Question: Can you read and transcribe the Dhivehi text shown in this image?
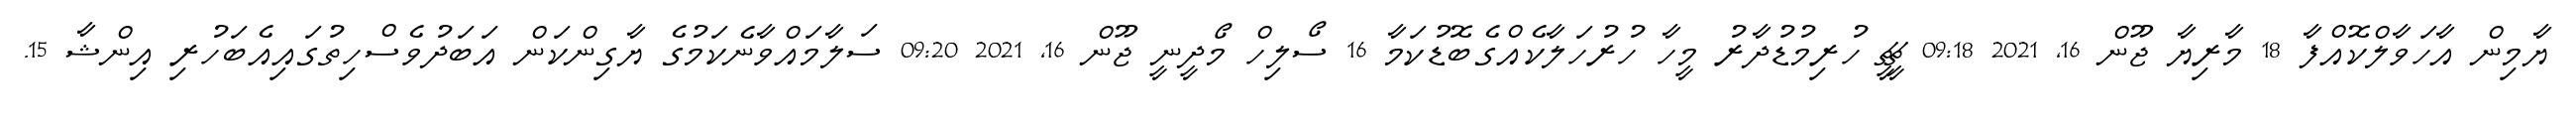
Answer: ޔާމިން އާހަވާލްކޮއްފާ 18 މާރިޔާ ޖޫން 16, 2021 09:18 ޗީޗީ ހުރިމުޑުދާރު މީހާ ހުރުހަލާކެއްގެބޮޑުކަމާ 16 ސޯލިހް މޯދީނީ ޖޫން 16, 2021 09:20 ސަލާމައްވާނެކަމުގެ ޔާގިންކަން އަބަދުވެސްހިތުގައިއެބަހުރި އިންޝާ 15.